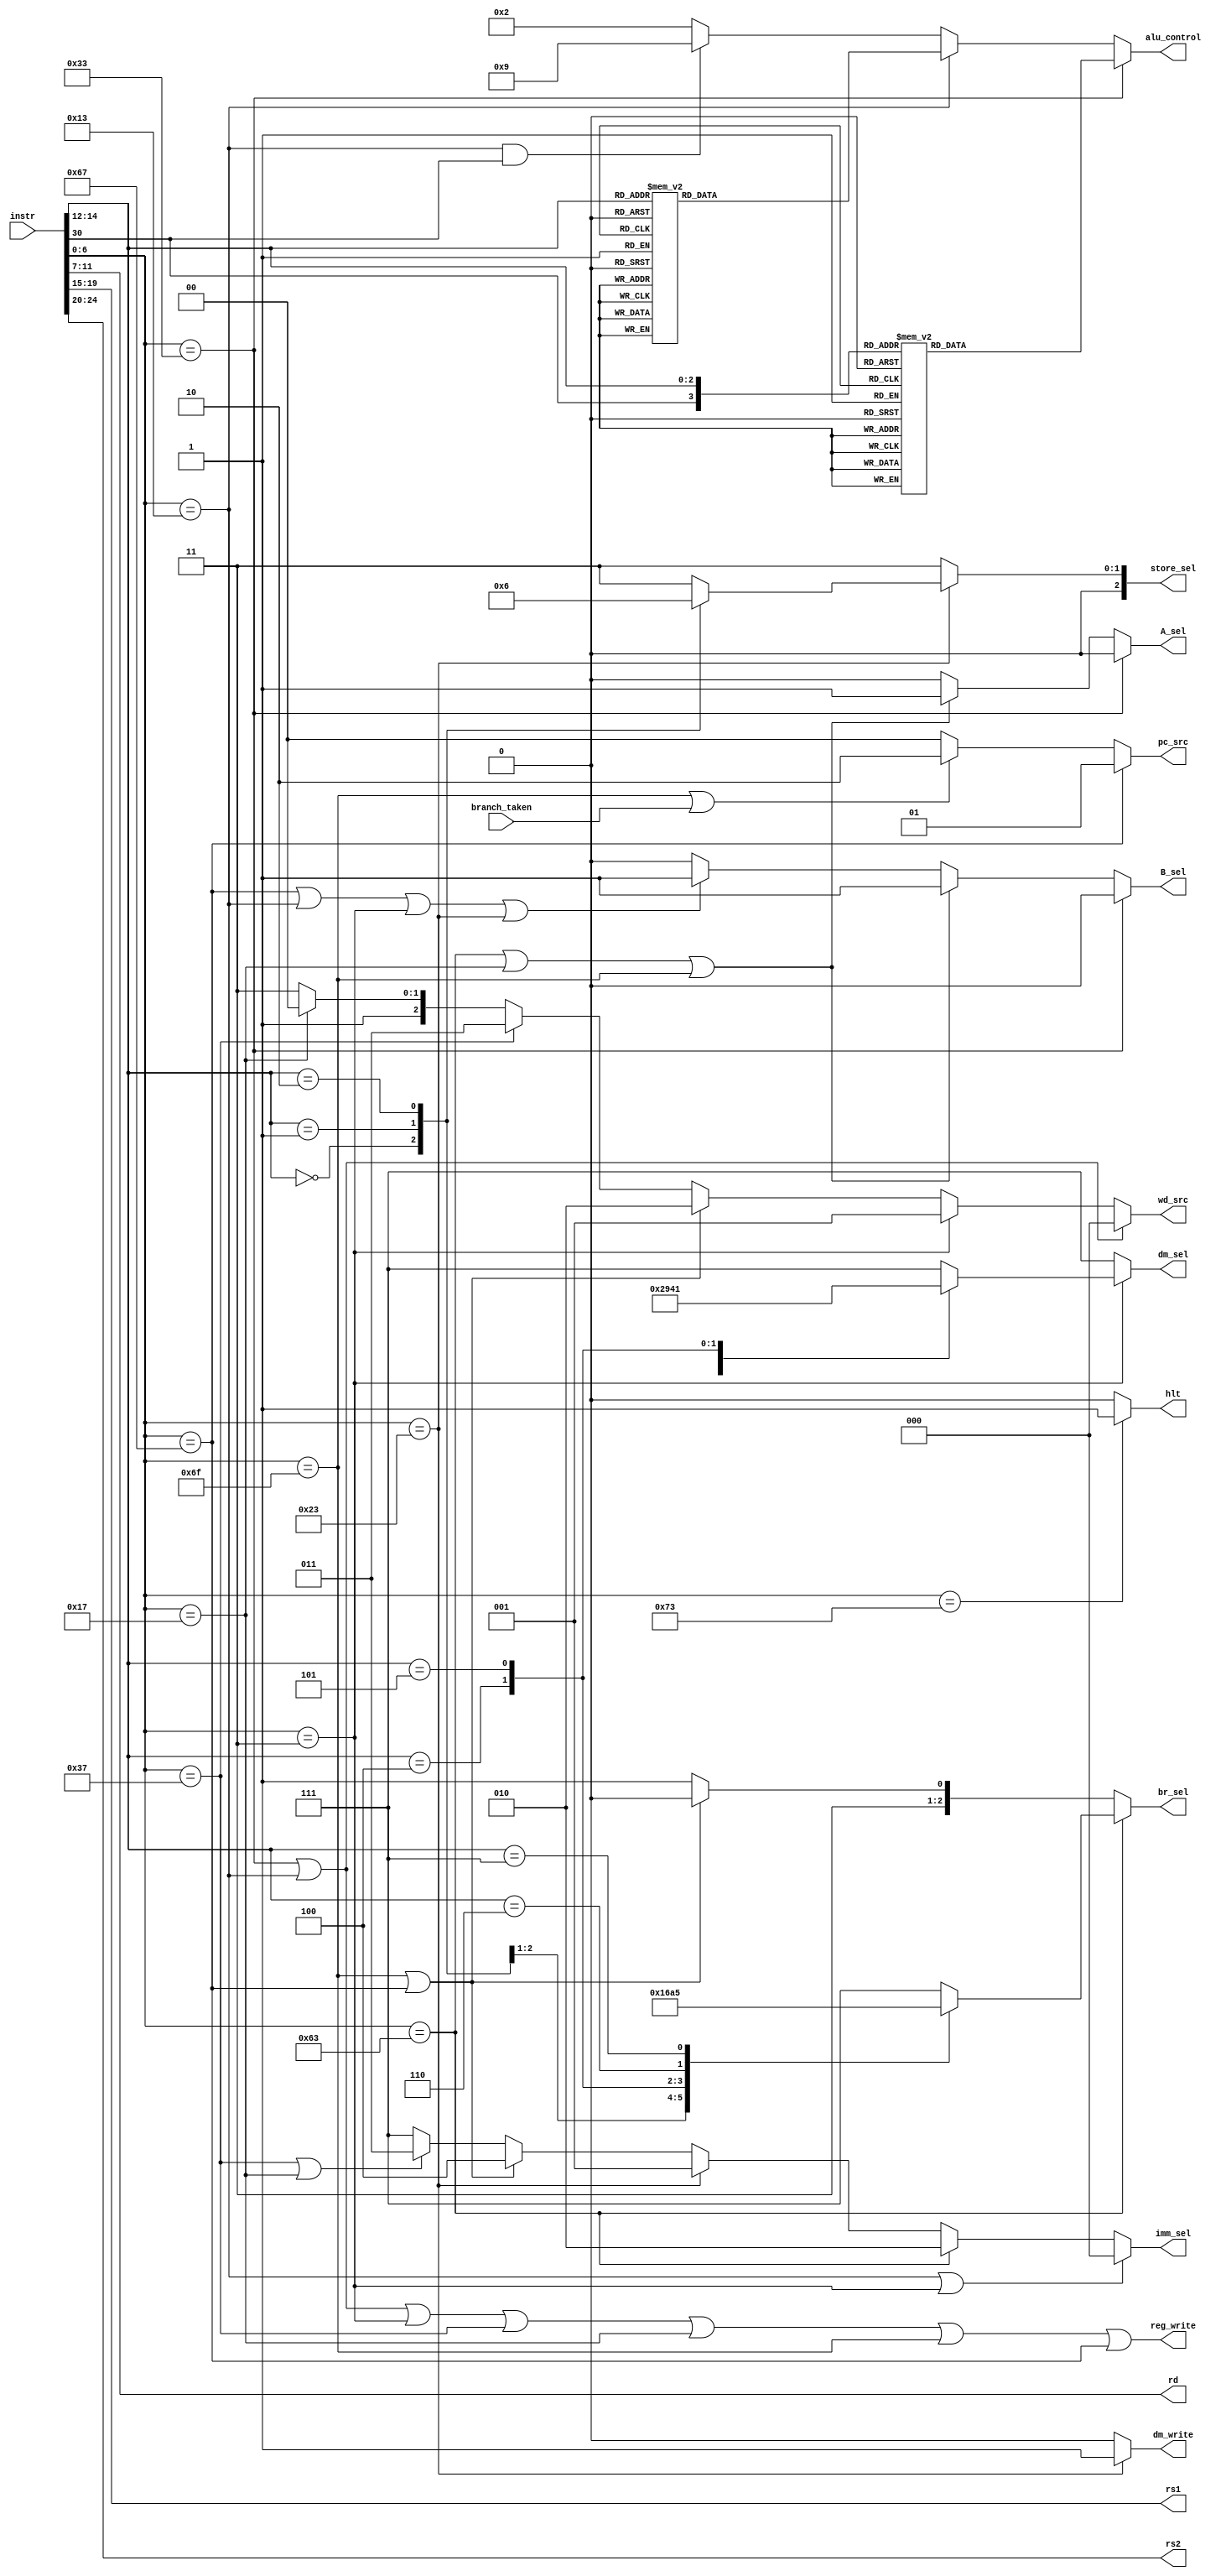
`timescale 1ns / 1ps
//////////////////////////////////////////////////////////////////////////////////
// Company: 
// Engineer: 
// 
// Design Name: 
// Module Name: control_unit
// Project Name: 
// Target Devices: 
// Tool Versions: 
// Description: 
// 
// Dependencies: 
// 
// Revision:
// Revision 0.01 - File Created
// Additional Comments:
// 
//////////////////////////////////////////////////////////////////////////////////


module control_unit( input [31:0] instr,
                     input branch_taken,
                     output reg[3:0] alu_control,
                     output reg [2:0] store_sel,
                     output reg [2:0] dm_sel,
                     output reg [2:0] imm_sel,
                
                     output  reg_write,
                     output reg dm_write,
                     output reg [2:0] wd_src,
                     output reg A_sel,
                     output reg B_sel,
                     output reg [1:0] pc_src,
                     output reg [2:0] br_sel,
                     output [4:0] rd,
                     output [4:0] rs1,
                     output [4:0] rs2,
                     output reg hlt
                     

                    );

  wire [31:25] funct7;
  wire [6:0] opcode;     
  wire [14:12] funct3;
  wire [3:0] alu_in;
     
  assign opcode = instr[6:0];
  assign funct7=instr[31:25];
  assign rs2=instr[24:20];
  assign rs1=instr[19:15];
  assign funct3= instr[14:12];
  assign rd=instr[11:7];
                    
 wire isALUreg;                   
 // instr_decode 
 
    assign isALUreg =  (opcode == 7'b0110011); // rd <- rs1 OP rs2   
    assign isALUimm =  (opcode == 7'b0010011); // rd <- rs1 OP Iimm
    assign isBranch =  (opcode == 7'b1100011); // if(rs1 OP rs2) PC<-PC+Bimm
    assign isJALR   =  (opcode == 7'b1100111); // rd <- PC+4; PC<-rs1+Iimm
    assign isJAL    =  (opcode == 7'b1101111); // rd <- PC+4; PC<-PC+Jimm
    assign isAUIPC  =  (opcode == 7'b0010111); // rd <- PC + Uimm
    assign isLUI    =  (opcode == 7'b0110111); // rd <- Uimm   
    assign isLoad   =  (opcode == 7'b0000011); // rd <- mem[rs1+Iimm]
    assign isStore  =  (opcode == 7'b0100011); // mem[rs1+Simm] <- rs2
    assign isSYSTEM =  (opcode == 7'b1110011); // special
    
    always @(*)
    begin
    if (isSYSTEM)
    hlt=1'b1;
    else hlt=1'b0;
    end

    assign reg_write = isALUreg || isALUimm || isLoad || isLUI || isAUIPC || isJAL || isJALR;
    assign alu_in={funct7[30],funct3};
    
    
   always @(*)
    begin
    if (isALUreg) 
       case (alu_in) 
       4'b0000: alu_control=4'b0010;  //add
       4'b1000:alu_control=4'b0101;   //sub
       4'b0010:alu_control=4'b0110;   //slt
       4'b0011:alu_control=4'b0111;   //sltu
       4'b0100:alu_control=4'b0100;   //xor
       4'b0101:alu_control=4'b1000;    //srl
       4'b0110:alu_control=4'b0001;   //or
       4'b0111:alu_control=4'b0000;   //and
       4'b0001:alu_control=4'b0011;   //sll
       4'b1101:alu_control=4'b1001;   //sra
       default:alu_control=4'b1111;  
       endcase
    else if (isALUimm)
    case (funct3) 
       3'b000: alu_control=4'b0010;  //addi
       3'b010:alu_control=4'b0110;   //slti
       3'b011:alu_control=4'b0111;   //sltiu
       3'b100:alu_control=4'b0100;   //xori
       3'b101:alu_control=4'b1000;    //srli
       3'b110:alu_control=4'b0001;   //ori
       3'b111:alu_control=4'b0000;   //andi
       3'b001:alu_control=4'b0011;   //slli
       default:alu_control=4'b1111;  
    endcase
    else if (isALUimm && funct7[30])
       alu_control=4'b1001;    //srai
    else 
        alu_control=4'b0010;
   end
   always @(*)
    if (isBranch)
       case(funct3)
       3'b000:br_sel=3'b000;
       3'b001:br_sel=3'b001;
       3'b100:br_sel=3'b011;
       3'b101:br_sel=3'b010;
       3'b110:br_sel=3'b100;
       3'b111:br_sel=3'b101;
       default:br_sel=3'b111;
       endcase
    else if (isJAL ||isJALR)
       br_sel=3'b110;
    else br_sel=3'b111;

   always@(*)   
   if (isLoad)
       case(funct3)
       3'b000:dm_sel=3'b010;  //lb
       3'b001:dm_sel=3'b100;  //lh
       3'b010:dm_sel=3'b101;  //lw
       3'b100:dm_sel=3'b000;  //lbu
       3'b101:dm_sel=3'b001;  //lhu
       default:dm_sel=3'b111;
       endcase
   else
       dm_sel=3'b111;
       
    always@(*) 
    if (isStore)
       case(funct3)
       2'b00:store_sel=2'b00;  //lb
       2'b01:store_sel=2'b01;  //lh
       2'b10:store_sel=2'b10;  //lw
       default:store_sel=2'b11;
       endcase
    else 
    store_sel=2'b11; 
        

    
   
   always @(*)
   begin
   if (isALUimm || isLoad)
     imm_sel=3'b000;
   else if (isBranch)
     imm_sel=3'b010;
   else if (isStore)
     imm_sel=3'b001;
   else if (isJAL || isJALR)
     imm_sel=3'b100;
   else if( isLUI || isAUIPC) 
     imm_sel=3'b011;
   else 
     imm_sel=3'b111;
   end
   
   
   
   always @ (*)
   begin
   if (isStore)
     dm_write=1'b1;
   else dm_write=1'b0;
   end
   
   
   always @ (*)
   begin
   if (isALUreg) 
   begin
      A_sel= 1'b0;   //rs1
      B_sel=1'b0;    //rs2
   end
   else if (isBranch || isAUIPC || isJAL)
   begin
      A_sel=1'b1;   //pc
      B_sel=1'b1;   //imm
   end
   else if( isJALR || isALUimm || isLoad || isStore )
   begin
      A_sel=1'b0;    //rs1
      B_sel=1'b1;    //immediate
   
   end
   else 
   begin
      A_sel=1'b0;   
      B_sel=1'b0;   
   end
   end
      
      
    always @ (*)
    begin
    if (isALUreg || isALUimm )
     wd_src=3'b000;
    else if (isLoad)
     wd_src=3'b001;
    else if (isJAL || isJALR)
     wd_src=3'b010;
    else if (isLUI)
     wd_src=3'b011;
    else if (isAUIPC)
     wd_src=3'b100;
    else 
    wd_src=3'b111;
    end
    
//    branch_unit br_unit (.rs1(rs1),.rs2(rs2),.br_sel(br_sel),.branch_taken(br_taken));

    
    always @ (*)
    begin
    if (isJALR)
      pc_src=2'b01;  //load alu_out to to pc
    else if (isJAL || branch_taken)
      pc_src=2'b10;  //load pc+imm to pc
    else 
      pc_src=2'b00;   //pc=pc+4
    end
      
    
  
      
     
   
    
   
   
   
   
   
 
endmodule